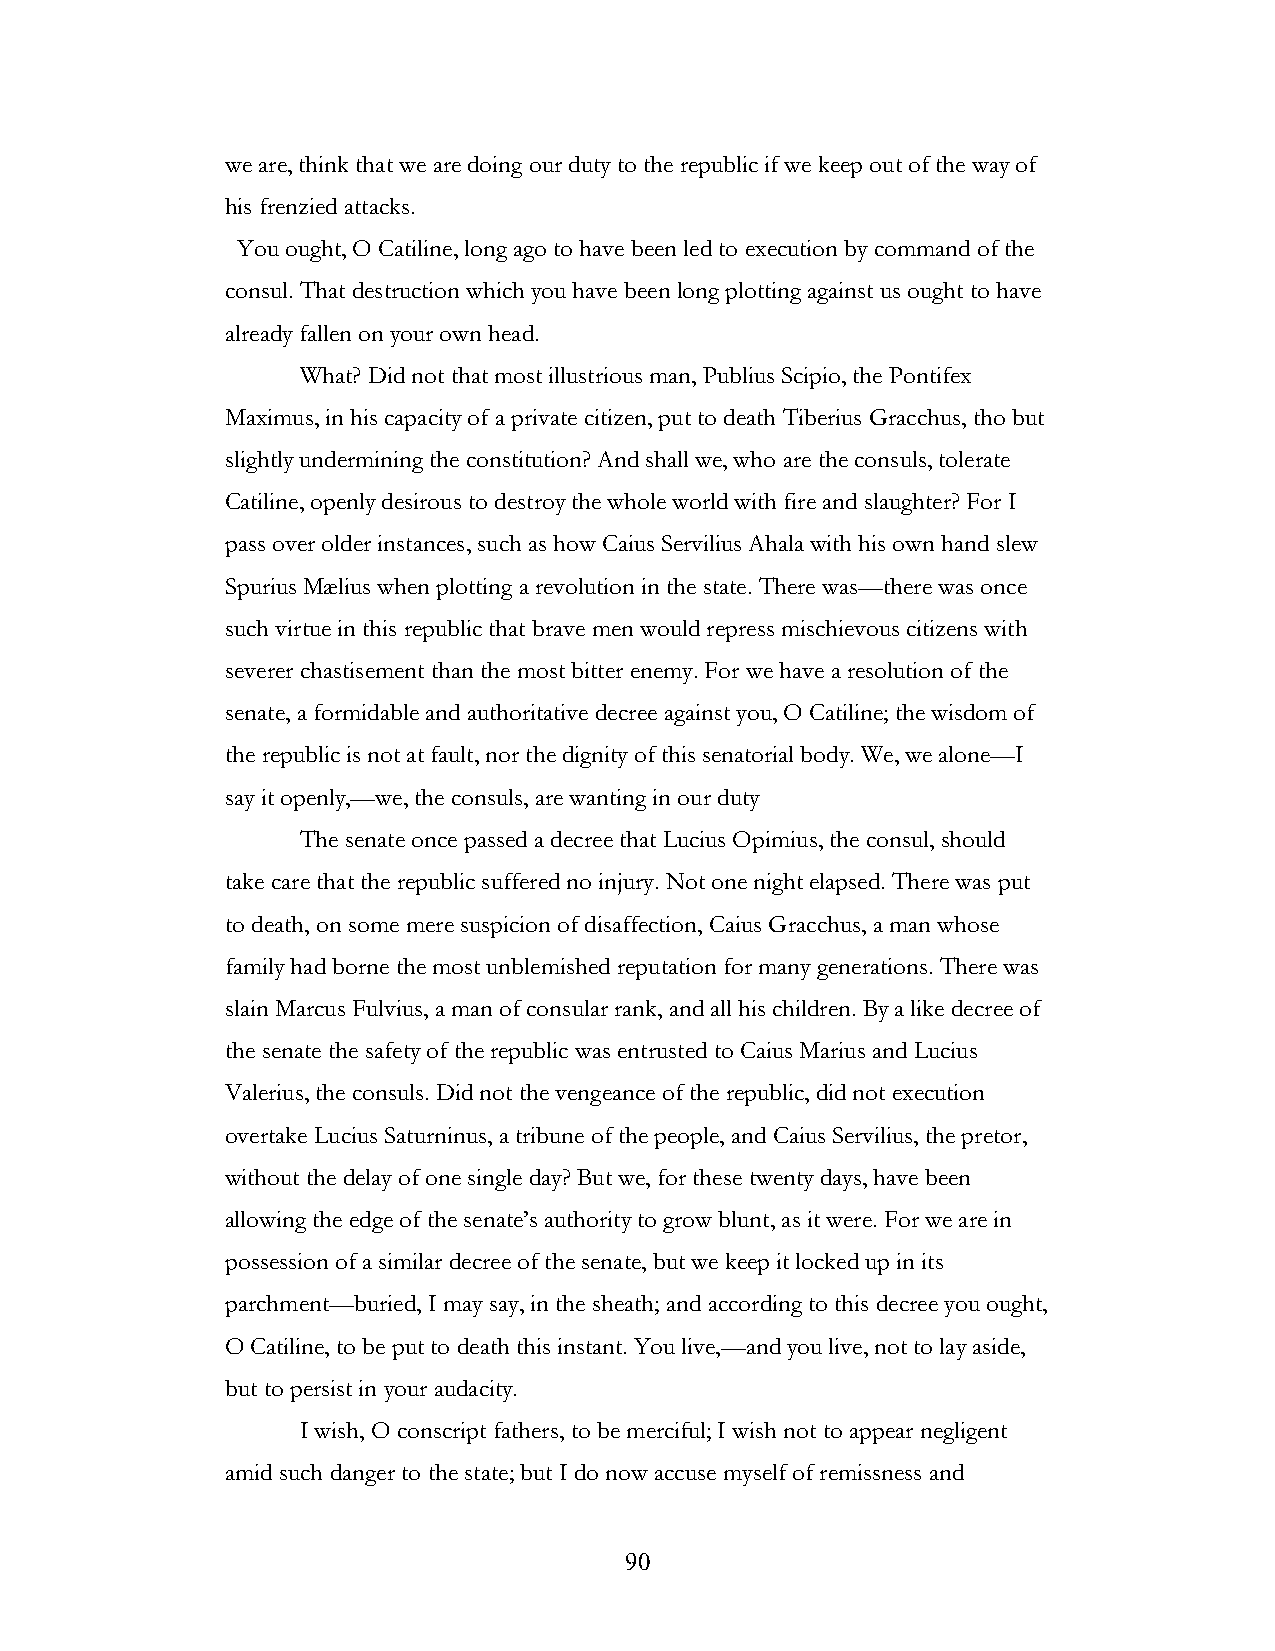
we are, think that we are doing our duty to the republic if we keep out of the way of
 his frenzied attacks.
 You ought, O Catiline, long ago to have been led to execution by command of the
 consul. That destruction which you have been long plotting against us ought to have
 already fallen on your own head.
 What? Did not that most illustrious man, Publius Scipio, the Pontifex
 Maximus, in his capacity of a private citizen, put to death Tiberius Gracchus, tho but
 slightly undermining the constitution? And shall we, who are the consuls, tolerate
 Catiline, openly desirous to destroy the whole world with fire and slaughter? For I
 pass over older instances, such as how Caius Servilius Ahala with his own hand slew
 Spurius Mælius when plotting a revolution in the state. There was—there was once
 such virtue in this republic that brave men would repress mischievous citizens with
 severer chastisement than the most bitter enemy. For we have a resolution of the
 senate, a formidable and authoritative decree against you, O Catiline; the wisdom of
 the republic is not at fault, nor the dignity of this senatorial body. We, we alone—I
 say it openly,—we, the consuls, are wanting in our duty
 The senate once passed a decree that Lucius Opimius, the consul, should
 take care that the republic suffered no injury. Not one night elapsed. There was put
 to death, on some mere suspicion of disaffection, Caius Gracchus, a man whose
 family had borne the most unblemished reputation for many generations. There was
 slain Marcus Fulvius, a man of consular rank, and all his children. By a like decree of
 the senate the safety of the republic was entrusted to Caius Marius and Lucius
 Valerius, the consuls. Did not the vengeance of the republic, did not execution
 overtake Lucius Saturninus, a tribune of the people, and Caius Servilius, the pretor,
 without the delay of one single day? But we, for these twenty days, have been
 allowing the edge of the senate’s authority to grow blunt, as it were. For we are in
 possession of a similar decree of the senate, but we keep it locked up in its
 parchment—buried, I may say, in the sheath; and according to this decree you ought,
 O Catiline, to be put to death this instant. You live,—and you live, not to lay aside,
 but to persist in your audacity.
 I wish, O conscript fathers, to be merciful; I wish not to appear negligent
 amid such danger to the state; but I do now accuse myself of remissness and
 !                         90